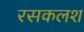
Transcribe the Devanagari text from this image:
रसकलश